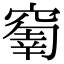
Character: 𥧗